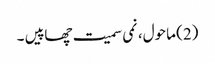
(2) ماحول، نمی سمیت چھاپیں ۔